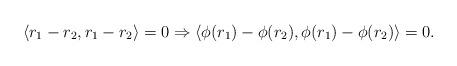
LaTeX: \begin{align*}\langle r_1 - r_2 , r_1 - r_2 \rangle = 0 \Rightarrow \langle \phi (r_1 ) - \phi ( r_2 ) , \phi ( r_1 ) - \phi ( r_2 ) \rangle = 0.\end{align*}